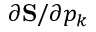
\partial \mathbf { S } / \partial p _ { k }